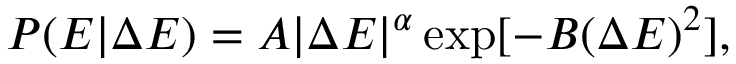
P ( E | \Delta E ) = A | \Delta E | ^ { \alpha } \exp [ - B ( \Delta E ) ^ { 2 } ] ,